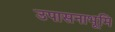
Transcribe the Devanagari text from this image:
उपासनाभूमि